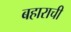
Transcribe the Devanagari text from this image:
बहाराची